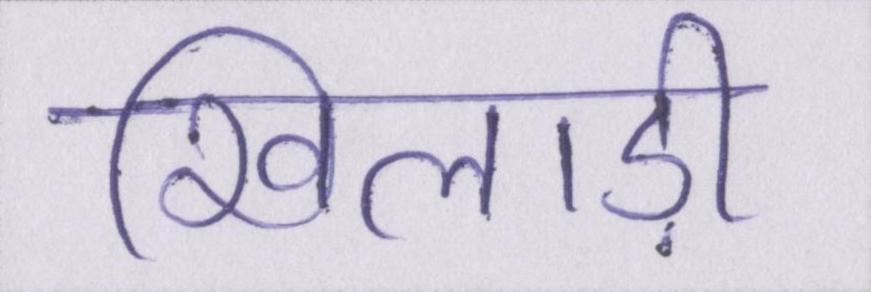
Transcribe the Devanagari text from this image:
खिलाड़ी